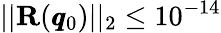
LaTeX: ||\mathbf{R}(\pmb q_{0})||_{2}\leq 10^{-14}